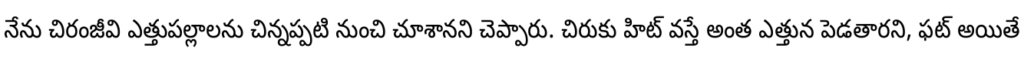
నేను చిరంజీవి ఎత్తుపల్లాలను చిన్నప్పటి నుంచి చూశానని చెప్పారు. చిరుకు హిట్ వస్తే అంత ఎత్తున పెడతారని, ఫట్ అయితే